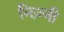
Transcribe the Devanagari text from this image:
निज़्नी